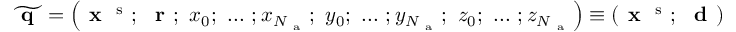
\widetilde { \textbf { q } } = \left( \textbf { x } ^ { \mathrm { ~ s ~ } } ; ~ \textbf { r } ; ~ x _ { 0 } ; ~ . . . ~ ; x _ { N _ { \mathrm { ~ a ~ } } } ; ~ y _ { 0 } ; ~ . . . ~ ; y _ { N _ { \mathrm { ~ a ~ } } } ; ~ z _ { 0 } ; ~ . . . ~ ; z _ { N _ { \mathrm { ~ a ~ } } } \right) \equiv ( \textbf { x } ^ { \mathrm { ~ s ~ } } ; ~ \textbf { d } )